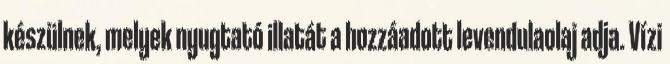
készülnek, melyek nyugtató illatát a hozzáadott levendulaolaj adja. Vízi